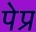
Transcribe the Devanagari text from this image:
पेप्र